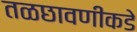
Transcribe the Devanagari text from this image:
तळछावणीकडे